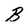
Character: B